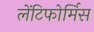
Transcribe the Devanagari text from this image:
लेंटिफोर्मिस